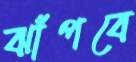
ঝাঁপবে